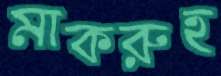
মাকরুহ